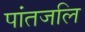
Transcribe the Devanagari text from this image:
पांतजलि